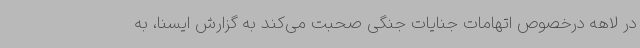
در لاهه درخصوص اتهامات جنایات جنگی صحبت می‌کند به گزارش ایسنا، به